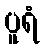
ပူရံ